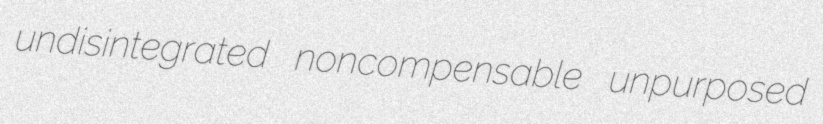
undisintegrated noncompensable unpurposed